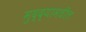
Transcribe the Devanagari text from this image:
मुद्द्यामधील